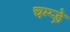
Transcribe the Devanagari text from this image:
चम्प्ड़े